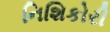
નિશિકોરી